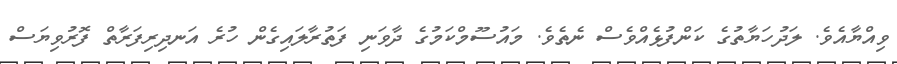
ވިއްޔާއެވެ. ލަދުހަޔާތުގެ ކަންފުޅެއްވެސް ނެތެވެ. މައުސޫމްކަމުގެ ދާވަނި ފަތުރާލައިގެން ހުރެ އަނދިރިފަރާތް ފޮރުވިޔަސް